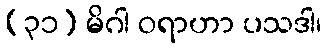
(၃၁) မိဂါ ဝရာဟာ ပသဒါ၊